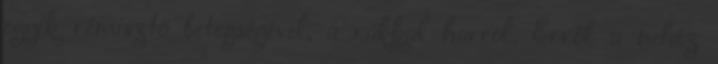
egyik rémisztő betegségével, a rákkal harcol. Erről a nehéz